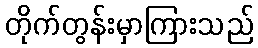
တိုက်တွန်းမှာကြားသည်